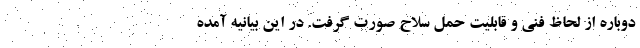
دوباره از لحاظ فنی و قابلیت حمل سلاح صورت گرفت. در این بیانیه آمده